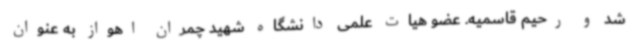
شد و رحیم قاسمیه. عضو هیات علمی دانشگاه شهید چمران اهواز به عنوان